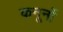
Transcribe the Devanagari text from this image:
कनूनों